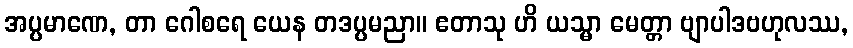
အပ္ပမာဏေ, တာ ဂေါစရေ ယေန တဒပ္ပမညာ။ ဧတာသု ဟိ ယသ္မာ မေတ္တာ ဗျာပါဒဗဟုလဿ,